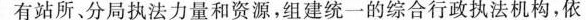
有站所、分局执法力量和资源，组建统一的综合行政执法机构，依